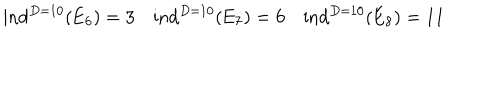
LaTeX: \mathrm { i n d } ^ { D = 1 0 } ( \mathrm { E } _ { 6 } ) = 3 \quad \mathrm { i n d } ^ { D = 1 0 } ( \mathrm { E } _ { 7 } ) = 6 \quad \mathrm { i n d } ^ { D = 1 0 } ( \mathrm { E } _ { 8 } ) = 1 1